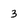
Character: 3